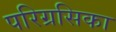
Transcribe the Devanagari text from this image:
परिग्रसिका